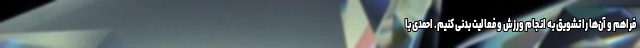
فراهم و آن‌ها را تشویق به انجام ورزش و فعالیت بدنی کنیم. احمدی با